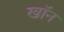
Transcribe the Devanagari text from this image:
खाॅन